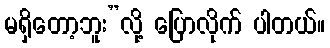
မရှိတော့ဘူး”လို့ ပြောလိုက် ပါတယ်။